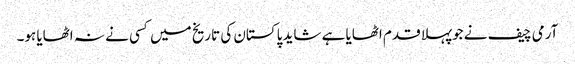
آرمی چیف نے جوپہلا قدم اٹھایا ہے شاید پاکستان کی تاریخ میں کسی نے نہ اٹھایا ہو۔